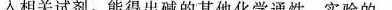
入相关试剂，能得出碱的其他化学通性。实验的